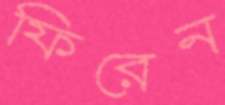
ফিরেন